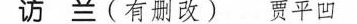
访兰(有删改) 贾平凹